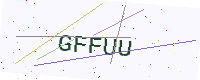
Text: GFFUU